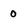
Character: 0